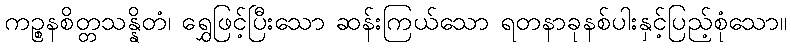
ကဉ္စနစိတ္တသန္နိတံ၊ ရွှေဖြင့်ပြီးသော ဆန်းကြယ်သော ရတနာခုနစ်ပါးနှင့်ပြည့်စုံသော။